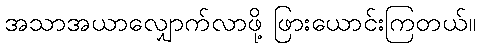
အသာအယာလျှောက်လာဖို့ ဖြားယောင်းကြတယ်။